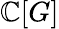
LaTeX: \mathbb{C}[G]